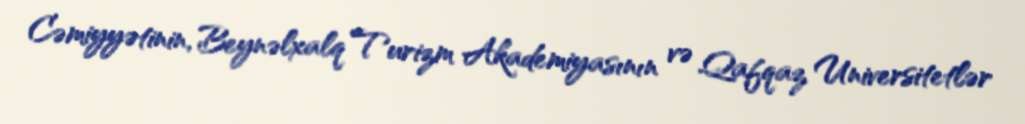
Cəmiyyətinin, Beynəlxalq Turizm Akademiyasının və Qafqaz Universitetlər